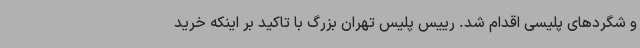
و شگردهای پلیسی اقدام شد. رییس پلیس تهران بزرگ با تاکید بر اینکه خرید